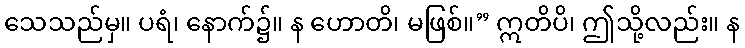
သေသည်မှ။ ပရံ၊ နောက်၌။ န ဟောတိ၊ မဖြစ်။” ဣတိပိ၊ ဤသို့လည်း။ န